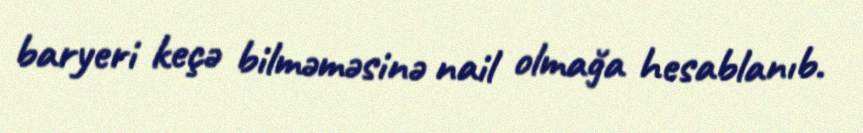
baryeri keçə bilməməsinə nail olmağa hesablanıb.